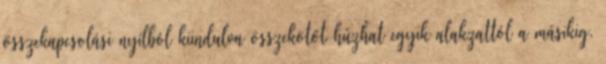
összekapcsolási nyílból kiindulva összekötőt húzhat egyik alakzattól a másikig.